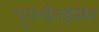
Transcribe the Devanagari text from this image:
पुनःचैनहेसेन